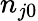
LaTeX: n_{j0}